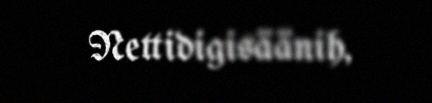
Nettidigisäänih,